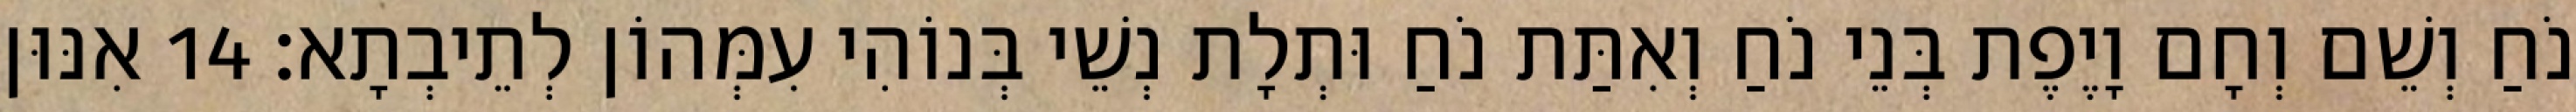
נֹחַ וְשֵׁם וְחָם וָיֶפֶת בְּנֵי נֹחַ וְאִתַּת נֹחַ וּתְלָת נְשֵׁי בְּנוֹהִי עִמְּהוֹן לְתֵיבְתָא׃ 14 אִנּוּן